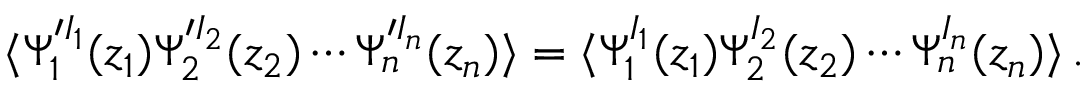
\langle \Psi _ { 1 } ^ { \prime I _ { 1 } } ( z _ { 1 } ) \Psi _ { 2 } ^ { \prime I _ { 2 } } ( z _ { 2 } ) \cdots \Psi _ { n } ^ { \prime I _ { n } } ( z _ { n } ) \rangle = \langle \Psi _ { 1 } ^ { I _ { 1 } } ( z _ { 1 } ) \Psi _ { 2 } ^ { I _ { 2 } } ( z _ { 2 } ) \cdots \Psi _ { n } ^ { I _ { n } } ( z _ { n } ) \rangle \, .